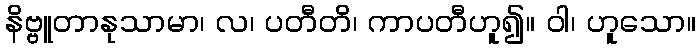
နိဗ္ဗူတာနုသာမာ၊ လ၊ ပတီတိ၊ ကာပတီဟူ၍။ ဝါ၊ ဟူသော။